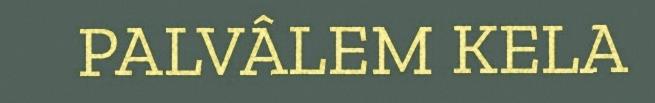
PALVÂLEM KELA